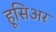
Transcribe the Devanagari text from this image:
हूसिअर